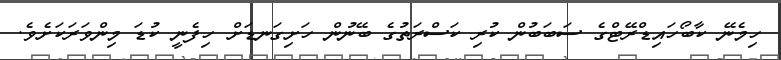
ހިމެނޭ ކާބޯހައިޑްރޭޓްގެ ސަބަބުން ކުރި ކަސްރަތުގެ ބޭނުން ހަށިގަނޑަށް ހިފެނީ ކުޑަ މިންވަރަކަށެވެ.